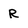
Character: R